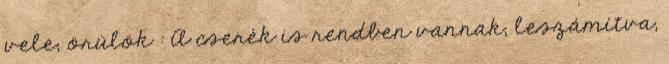
vele; örülök : A cserék is rendben vannak, leszámítva,